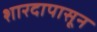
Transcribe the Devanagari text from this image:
शारदापासून